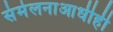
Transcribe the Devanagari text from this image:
संमेलनाआधीही